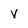
Character: v